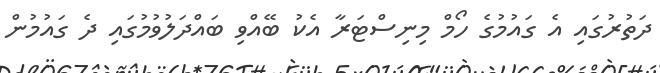
ދަތުރުގައި އެ ގައުމުގެ ހޯމް މިނިސްޓަރާ އެކު ބޭއްވި ބައްދަލުވުމުގައި ދެ ގައުމުން